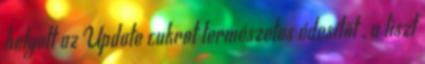
helyett az Update cukrot természetes édesítőt , a liszt